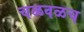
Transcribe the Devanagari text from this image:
चळवळच